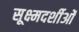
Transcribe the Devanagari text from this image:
सूक्ष्मदर्शीओं